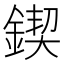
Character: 鍥